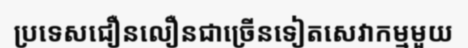
ប្រទេសជឿនលឿនជាច្រើនទៀតសេវាកម្មមួយ